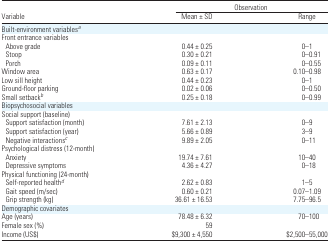
<table><thead><tr><td></td><td colspan="2"><b>Observation</b></td></tr><tr><td><b>Variable</b></td><td><b>Mean ± SD</b></td><td><b>Range</b></td></tr></thead><tbody><tr><td colspan="3">Built-environment variablesa</td></tr><tr><td colspan="3">Front entrance variables</td></tr><tr><td> Above grade</td><td>0.44 ± 0.25</td><td>0–1</td></tr><tr><td> Stoop</td><td>0.30 ± 0.21</td><td>0–0.91</td></tr><tr><td> Porch</td><td>0.09 ± 0.11</td><td>0–0.55</td></tr><tr><td>Window area</td><td>0.63 ± 0.17</td><td>0.10–0.98</td></tr><tr><td>Low sill height</td><td>0.44 ± 0.23</td><td>0–1</td></tr><tr><td>Ground-floor parking</td><td>0.02 ± 0.06</td><td>0–0.50</td></tr><tr><td>Small setbackb</td><td>0.25 ± 0.18</td><td>0–0.99</td></tr><tr><td colspan="3">Biopsychosocial variables</td></tr><tr><td colspan="3">Social support (baseline)</td></tr><tr><td> Support satisfaction (month)</td><td>7.61 ± 2.13</td><td>0–9</td></tr><tr><td> Support satisfaction (year)</td><td>5.66 ± 0.89</td><td>3–9</td></tr><tr><td> Negative interactionsc</td><td>9.89 ± 2.05</td><td>0–11</td></tr><tr><td colspan="3">Psychological distress (12-month)</td></tr><tr><td> Anxiety</td><td>19.74 ± 7.61</td><td>10–40</td></tr><tr><td> Depressive symptoms</td><td>4.36 ± 4.27</td><td>0–18</td></tr><tr><td colspan="3">Physical functioning (24-month)</td></tr><tr><td> Self-reported healthd</td><td>2.62 ± 0.83</td><td>1–5</td></tr><tr><td> Gait speed (m/sec)</td><td>0.60 ± 0.21</td><td>0.07–1.09</td></tr><tr><td> Grip strength (kg)</td><td>36.61 ± 16.53</td><td>7.75–96.5</td></tr><tr><td colspan="3">Demographic covariates</td></tr><tr><td>Age (years)</td><td>78.48 ± 6.32</td><td>70–100</td></tr><tr><td>Female sex (%)</td><td>59</td><td></td></tr><tr><td>Income (US$)</td><td>$9,300 ± 4,550</td><td>$2,500–55,000</td></tr></tbody></table>